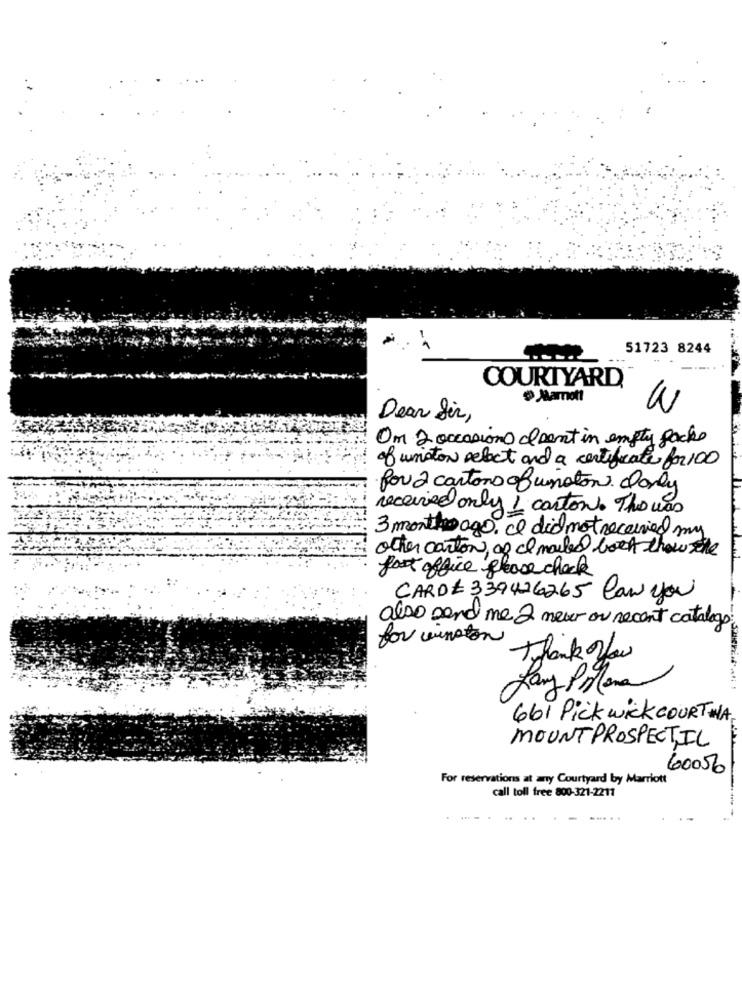
51723 8244
COURTYARD
@ Marott
W
Dear Sir,
Om 2 occasions of cent in empty Jacke
of winston select and a certificate for 100
for 2 cartons ofwinston. Donly
received only 1 carton. Tho was
3 monthago. I did not received my
other carton, og Il mailed boek thow the
post office please check
CARDE 339426265 Can you
also send me 2 never or recent catalogs!
for winston
Thank for
Lany PoMona
661 Pick wick COURT WA
MOUNT PROSPECT.IL
60056
For reservations at any Courtyard by Marriott
call toll free 800-321-2211